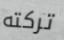
تركته